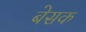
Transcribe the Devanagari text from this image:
बेसक